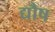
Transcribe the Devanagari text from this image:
द्यौष